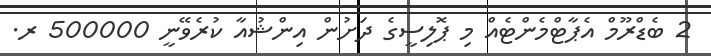
2 ބެޑްރޫމް އެޕާޓްމެންޓެއް މި ޕޮލިސީގެ ދަށުން އިންޝުއާ ކުރެވޭނީ 500000 ރ.